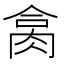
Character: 𦚷